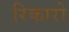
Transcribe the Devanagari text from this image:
रिकारो